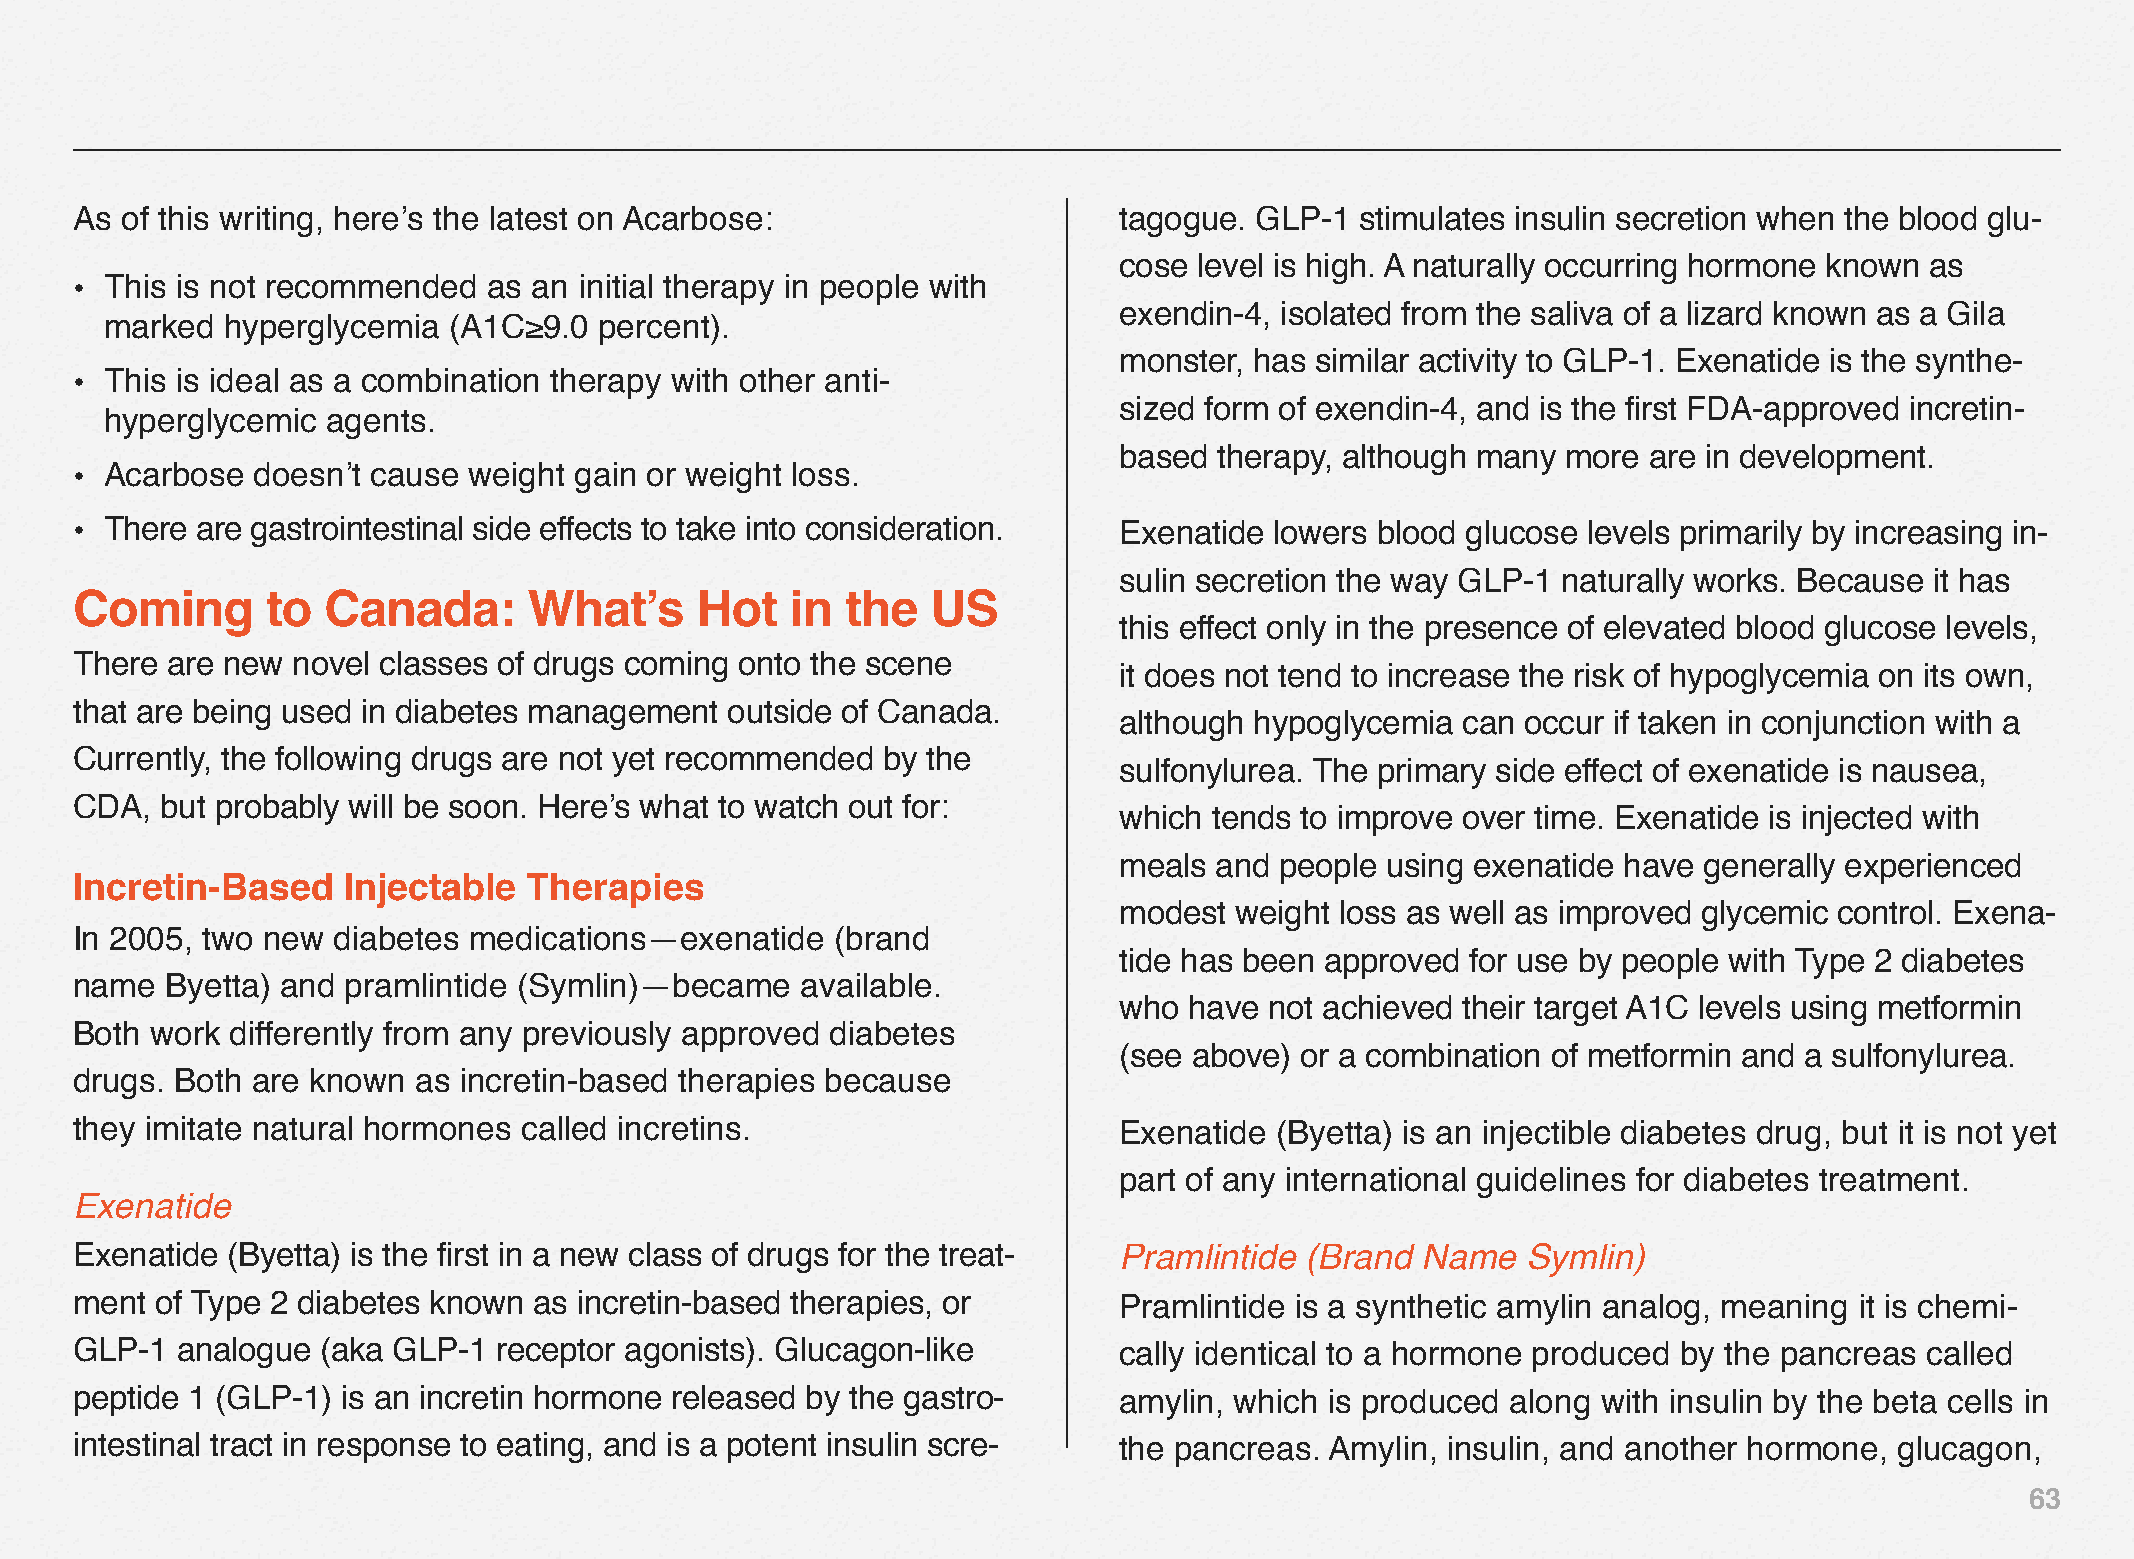
As of this writing, here’s the latest on Acarbose:                   tagogue. GLP-1  stimulates insulin secretion when the blood glu-
 cose level is high. A naturally occurring hormone known as
 • This is not recommended  as an initial therapy in people with
 exendin-4, isolated from the saliva of a lizard known as a Gila
 marked  hyperglycemia  (A1C≥9.0  percent).
 monster, has similar activity to GLP-1. Exenatide is the synthe-
 • This is ideal as a combination therapy with other anti-
 sized form of exendin-4, and is the first FDA-approved incretin-
 hyperglycemic  agents.
 based  therapy, although many more are in development.
 • Acarbose  doesn’t cause weight gain or weight loss.
 • There are gastrointestinal side effects to take into consideration. Exenatide lowers blood glucose levels primarily by increasing in-
 sulin secretion the way GLP-1 naturally works. Because it has
 Coming       to Canada:       What’s     Hot   in  the   US
 this effect only in the presence of elevated blood glucose levels,
 There are new novel classes of drugs coming onto the scene
 it does not tend to increase the risk of hypoglycemia on its own,
 that are being used in diabetes management outside of Canada.
 although hypoglycemia  can occur if taken in conjunction with a
 Currently, the following drugs are not yet recommended by the
 sulfonylurea. The primary side effect of exenatide is nausea,
 CDA,  but probably will be soon. Here’s what to watch out for:
 which tends to improve over time. Exenatide is injected with
 meals and  people using exenatide have generally experienced
 Incretin-Based    Injectable  Therapies
 modest  weight loss as well as improved glycemic control. Exena-
 In 2005, two new diabetes medications—exenatide   (brand
 tide has been approved for use by people with Type 2 diabetes
 name  Byetta) and pramlintide (Symlin)—became   available.
 who  have not achieved their target A1C levels using metformin
 Both work differently from any previously approved diabetes
 (see above) or a combination of metformin and a sulfonylurea.
 drugs. Both are known  as incretin-based therapies because
 they imitate natural hormones called incretins.                      Exenatide (Byetta) is an injectible diabetes drug, but it is not yet
 part of any international guidelines for diabetes treatment.
 Exenatide
 Exenatide (Byetta) is the first in a new class of drugs for the treat- Pramlintide (Brand Name  Symlin)
 ment of Type 2 diabetes known as incretin-based therapies, or        Pramlintide is a synthetic amylin analog, meaning it is chemi-
 GLP-1  analogue (aka GLP-1  receptor agonists). Glucagon-like        cally identical to a hormone produced by the pancreas called
 peptide 1 (GLP-1) is an incretin hormone released by the gastro-     amylin, which is produced along with insulin by the beta cells in
 intestinal tract in response to eating, and is a potent insulin scre- the pancreas. Amylin, insulin, and another hormone, glucagon,
 63